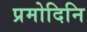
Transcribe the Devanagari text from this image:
प्रमोदिनि